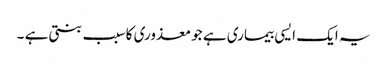
یہ ایک ایسی بیماری ہے جو معذوری کا سبب بنتی ہے ۔